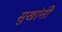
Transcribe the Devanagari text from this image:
सुखांनी